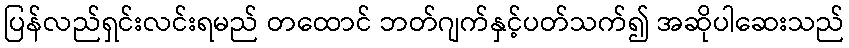
ပြန်လည်ရှင်းလင်းရမည် တထောင် ဘတ်ဂျက်နှင့်ပတ်သက်၍ အဆိုပါဆေးသည်